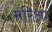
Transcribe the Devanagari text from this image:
मरिआ